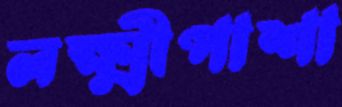
লক্ষ্মীপাশা